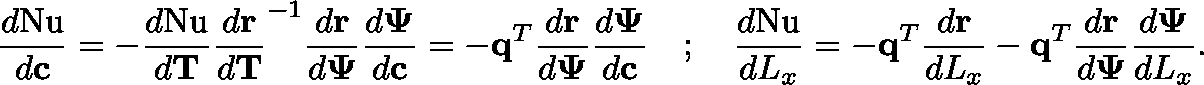
\frac { d \mathrm { N u } } { d \mathbf { c } } = - \frac { d \mathrm { N u } } { d \mathbf { T } } \frac { d \mathbf { r } } { d \mathbf { T } } ^ { - 1 } \frac { d \mathbf { r } } { d \mathbf { \Psi } } \frac { d \mathbf { \Psi } } { d \mathbf { c } } = - \mathbf { q } ^ { T } \frac { d \mathbf { r } } { d \mathbf { \Psi } } \frac { d \mathbf { \Psi } } { d \mathbf { c } } \quad ; \quad \frac { d \mathrm { N u } } { d L _ { x } } = - \mathbf { q } ^ { T } \frac { d \mathbf { r } } { d L _ { x } } - \mathbf { q } ^ { T } \frac { d \mathbf { r } } { d \mathbf { \Psi } } \frac { d \mathbf { \Psi } } { d L _ { x } } .